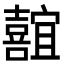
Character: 𪢢